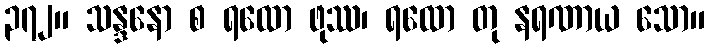
၃၇၂။ သန္ဒနော စ ရထော ဖုဿ၊ ရထော တု နရဏာယ သော။